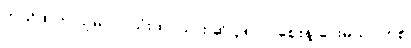
ဘယ်ထဲက ယူမလဲ။ သုံးထပ်သား ဆို ၃၈၀၀ ဈေးနဲ့ ပေးမယ်။ တစ်